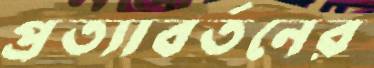
প্রত্যাবর্তনের